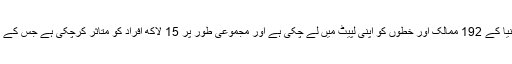
ڈان اخبار کی رپورٹ کے مطابق وائرس کی وبا دنیا کے 192 ممالک اور خطوں کو اپنی لپیٹ میں لے چکی ہے اور مجموعی طور پر 15 لاکھ افراد کو متاثر کرچکی ہے جس کے باعث دنیا بھر میں معاشی سرگرمیاں غیرفعال ہیں۔